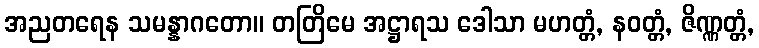
အညတရေန သမန္နာဂတော။ တတြိမေ အဋ္ဌာရသ ဒေါသာ မဟတ္တံ, နဝတ္တံ, ဇိဏ္ဏတ္တံ,